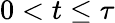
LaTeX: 0<t\leq\tau